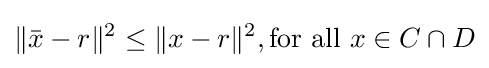
\|{\bar {x}}-r\|^{2}\leq \|x-r\|^{2},{\text{for all }}x\in C\cap D